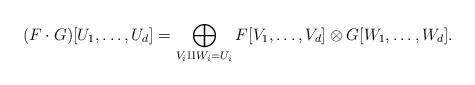
LaTeX: \begin{align*}(F\cdot G)[U_1,\dots,U_d] = \bigoplus_{V_i\amalg W_i = U_i}F[V_1,\dots,V_d] \otimes G[W_1,\dots,W_d].\end{align*}